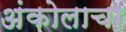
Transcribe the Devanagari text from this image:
अंकोलाचा